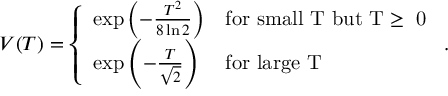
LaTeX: V ( T ) = \left\{ \begin{array} { l l } { { \exp \left( - \frac { T ^ { 2 } } { 8 \ln 2 } \right) } } & { { \mathrm { f o r ~ s m a l l ~ T ~ b u t ~ T \ge ~ 0 ~ } } } \\ { { \exp \left( - \frac { T } { \sqrt { 2 } } \right) } } & { { \mathrm { f o r ~ l a r g e ~ T ~ } } } \end{array} . \right.